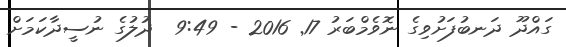
ގައްދޫ ދަނބުފަށުވިގެ ނޮވެމްބަރު 17